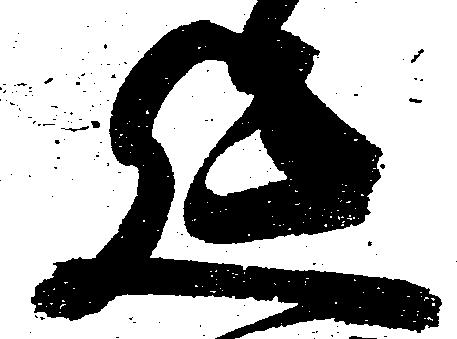
延